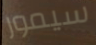
سيمور